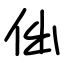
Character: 㑁